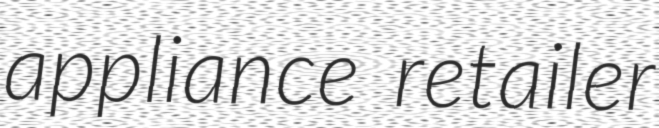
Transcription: appliance retailer